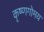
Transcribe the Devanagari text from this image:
कृष्णगोमय